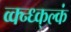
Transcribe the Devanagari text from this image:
व्क्न्ध्क्ल्कं